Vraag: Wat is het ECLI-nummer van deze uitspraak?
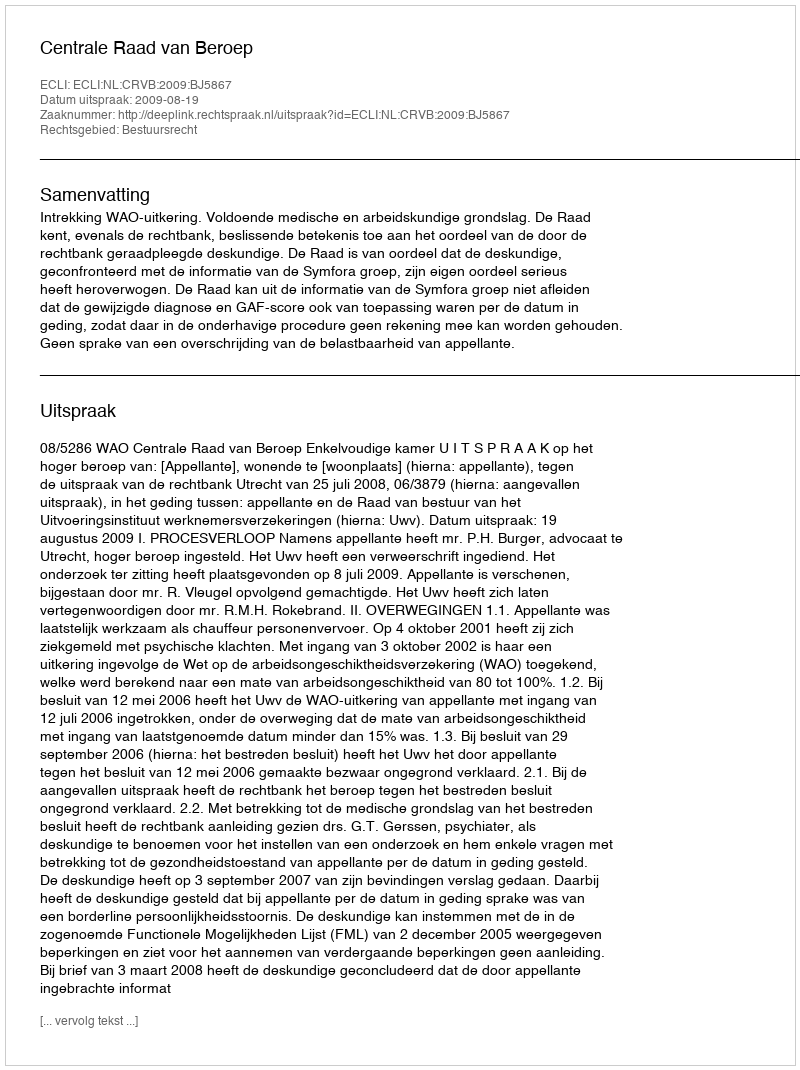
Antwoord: ECLI:NL:CRVB:2009:BJ5867